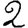
Digit: 2